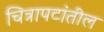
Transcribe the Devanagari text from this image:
चित्रापटांतील